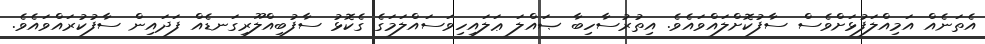
އެތަނެއް އަމިއްލަފުޅަށްވެސް ސާފުކޮށްލައްވައެވެ. އިތުރުސާހިބާ ޞައްލަ ޢަލައިހިވަސައްލަމަގެ ގެކޮޅު ސާފުބިއްލޫރިގަނޑެއް ފަދައިން ސާފުކުރައްވައެވެ.